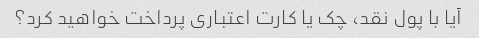
آیا با پول نقد، چک یا کارت اعتباری پرداخت خواهید کرد؟